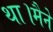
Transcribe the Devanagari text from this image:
था।मैने